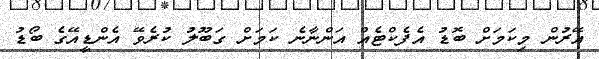
އޭރުން މިކަމަށް ބޮޑު އެފެކްޓެއް އަންނާނެ ކަމަށް ގަބޫލު ކުރެވޭ އެންޑީއޭގެ ބޯޑު